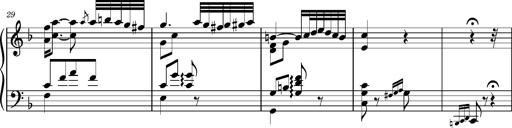
Title: Ungarischer Romanzero
Composer: Franz Liszt